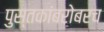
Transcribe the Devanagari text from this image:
पुस्तकांबरोबरच